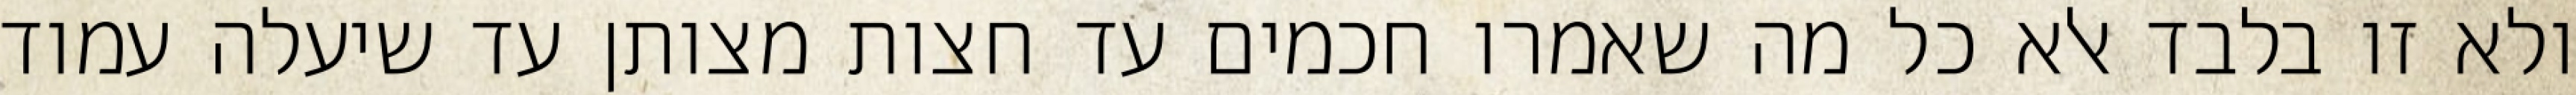
ולא זו בלבד אלא כל מה שאמרו חכמים עד חצות מצותן עד שיעלה עמוד